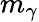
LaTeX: m_{\gamma}